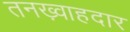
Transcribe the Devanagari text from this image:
तनख़्वाहदार